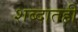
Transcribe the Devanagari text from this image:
शब्दातही